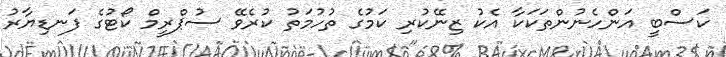
ކަސްބީ އަންހެނުންތަކަކާ އެކު ޒިނޭކުރި ކަމުގެ ތުހުމަތު ކުރެވޭ ސުޕްރީމް ކޯޓުގެ ފަނޑިޔާރު